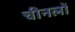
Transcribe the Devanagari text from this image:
चीनलों